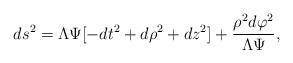
LaTeX: \begin{align*} ds^2 = \Lambda \Psi[-dt^2+d\rho^2+dz^2] +\frac{\rho^2 d\varphi^2}{\Lambda \Psi},\end{align*}